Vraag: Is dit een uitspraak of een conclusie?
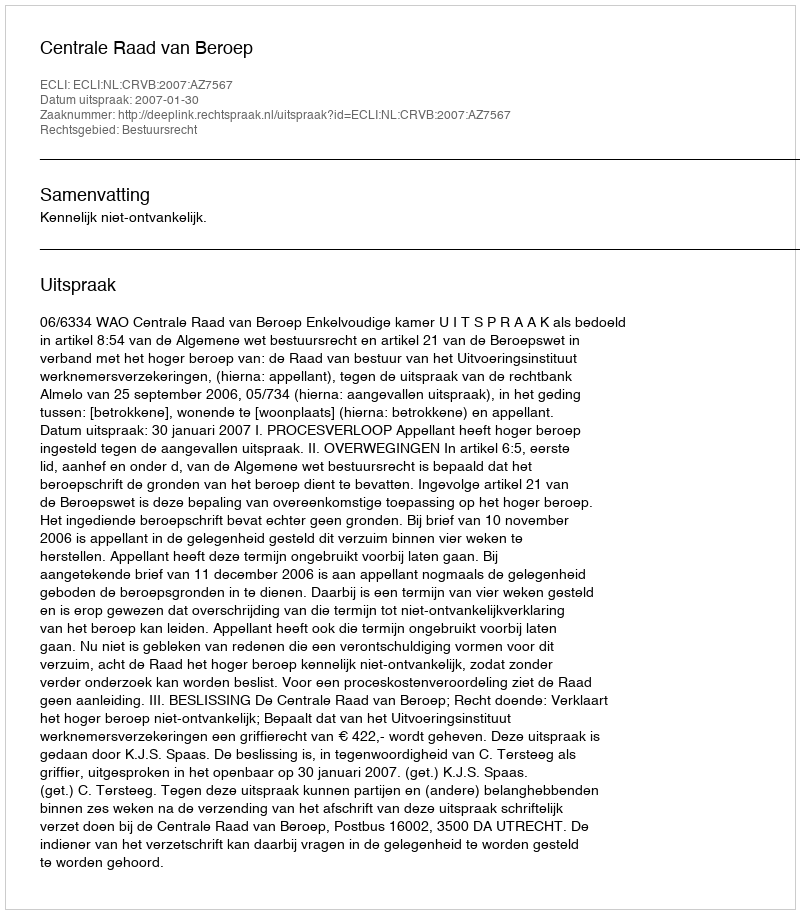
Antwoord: Uitspraak